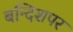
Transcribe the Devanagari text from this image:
बन्दिशपर